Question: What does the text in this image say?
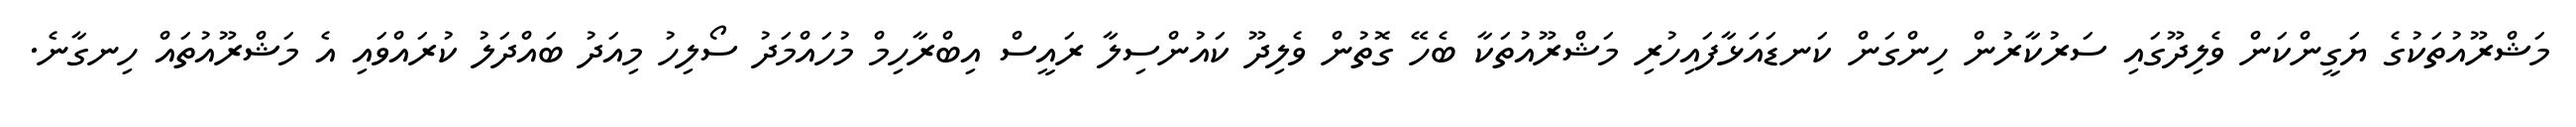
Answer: މަޝްރޫއުތަކުގެ ޔަގީންކަން ވެލިދޫގައި ސަރުކާރުން ހިންގަން ކަނޑައަޅާފައިހުރި މަޝްރޫއުތަކާ ބެހޭ ގޮތުން ވެލިދޫ ކައުންސިލާ ރައީސް އިބްރާހިމް މުހައްމަދު ސޯލިހު މިއަދު ބައްދަލު ކުރައްވައި އެ މަޝްރޫއުތައް ހިނގާނެ.